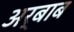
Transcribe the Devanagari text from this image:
अर्बाब